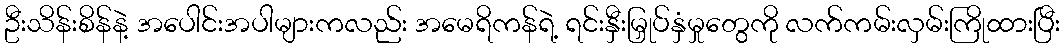
ဦးသိန်းစိန်နဲ့ အပေါင်းအပါများကလည်း အမေရိကန်ရဲ့ ရင်းနှီးမြှုပ်နှံမှုတွေကို လက်ကမ်းလှမ်းကြိုထားပြီး